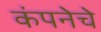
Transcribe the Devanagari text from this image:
कंपनेचे